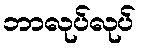
ဘာလုပ်လုပ်